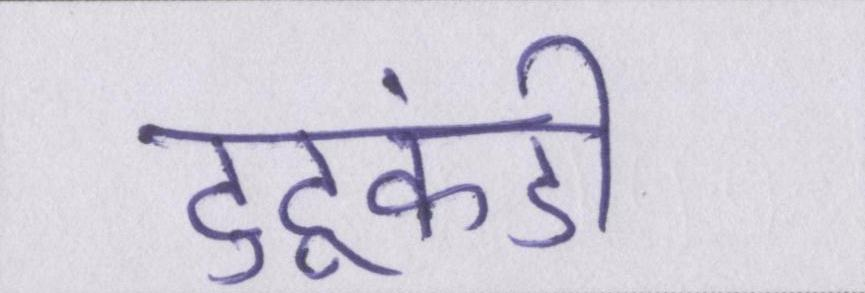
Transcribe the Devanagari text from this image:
टुटूकंडी